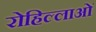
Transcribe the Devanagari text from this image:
रोहिल्लाओं